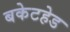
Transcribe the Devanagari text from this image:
बकेटहेड